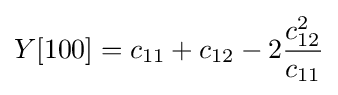
Y[\mathrm {100} ]=c_{11}+c_{12}-2{\frac {c_{12}^{2}}{c_{11}}}